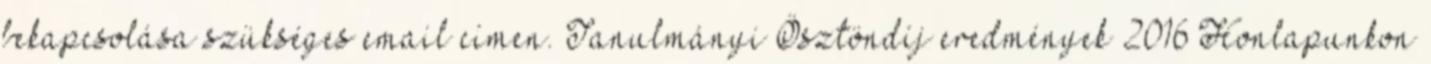
bekapcsolása szükséges email címen. Tanulmányi Ösztöndíj eredmények 2016 Honlapunkon